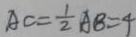
A C = \frac { 1 } { 2 } A B = 4